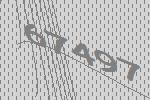
67497